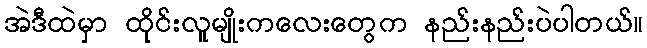
အဲဒီထဲမှာ ထိုင်းလူမျိုးကလေးတွေက နည်းနည်းပဲပါတယ်။